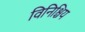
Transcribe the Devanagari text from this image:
विनिश्चिय